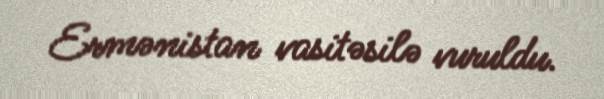
Ermənistan vasitəsilə vuruldu.